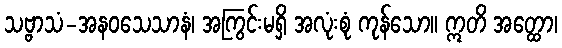
သဗ္ဗာသံ-အနဝသေသာနံ၊ အကြွင်းမရှိ အလုံးစုံ ကုန်သော။ ဣတိ အတ္ထော၊